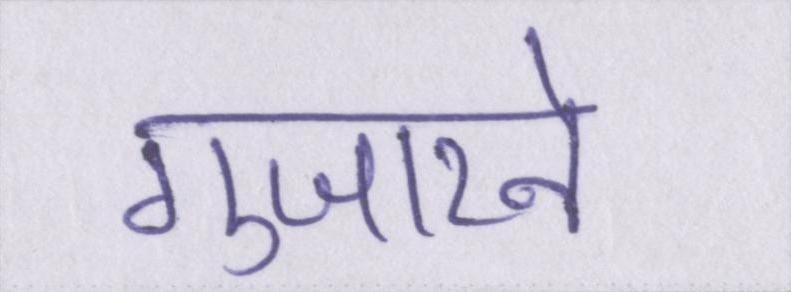
गुजारने